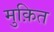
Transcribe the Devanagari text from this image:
मुक़ित